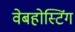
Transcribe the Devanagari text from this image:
वेबहोस्टिंग